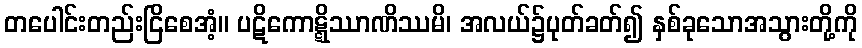
တပေါင်းတည်းငြိစေအံ့။ ပဋိကောဋ္ဋိဿာဏိဿမိ၊ အလယ်၌ပုတ်ခတ်၍ နှစ်ခုသောအသွားတို့ကို